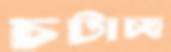
চটাচ্ছ